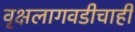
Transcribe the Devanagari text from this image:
वृक्षलागवडीचाही